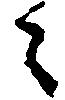
々